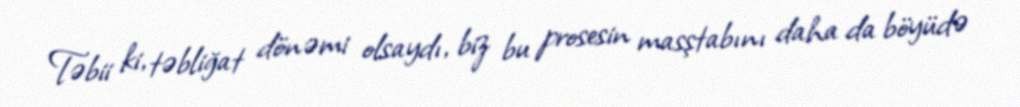
Təbii ki, təbliğat dönəmi olsaydı, biz bu prosesin masştabını daha da böyüdə